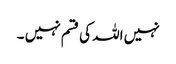
نہیں اللہ کی قسم نہیں ۔